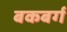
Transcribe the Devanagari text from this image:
बकबर्ग